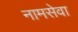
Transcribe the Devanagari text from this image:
नामसेवा